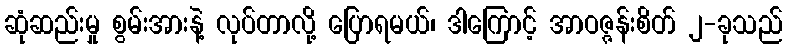
ဆုံဆည်းမှု စွမ်းအားနဲ့ လုပ်တာလို့ ပြောရမယ်၊ ဒါကြောင့် အာဝဇ္ဇန်းစိတ် ၂-ခုသည်